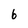
Character: 6